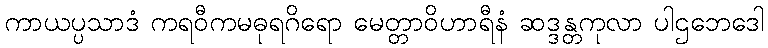
ကာယပ္ပသာဒံ ကရဝီကမဓုရဂိရော မေတ္တာဝိဟာရီနံ ဆဒ္ဒန္တကုလာ ပါဌဘေဒေါ